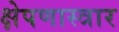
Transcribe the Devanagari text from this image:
क्षेपणास्त्रार